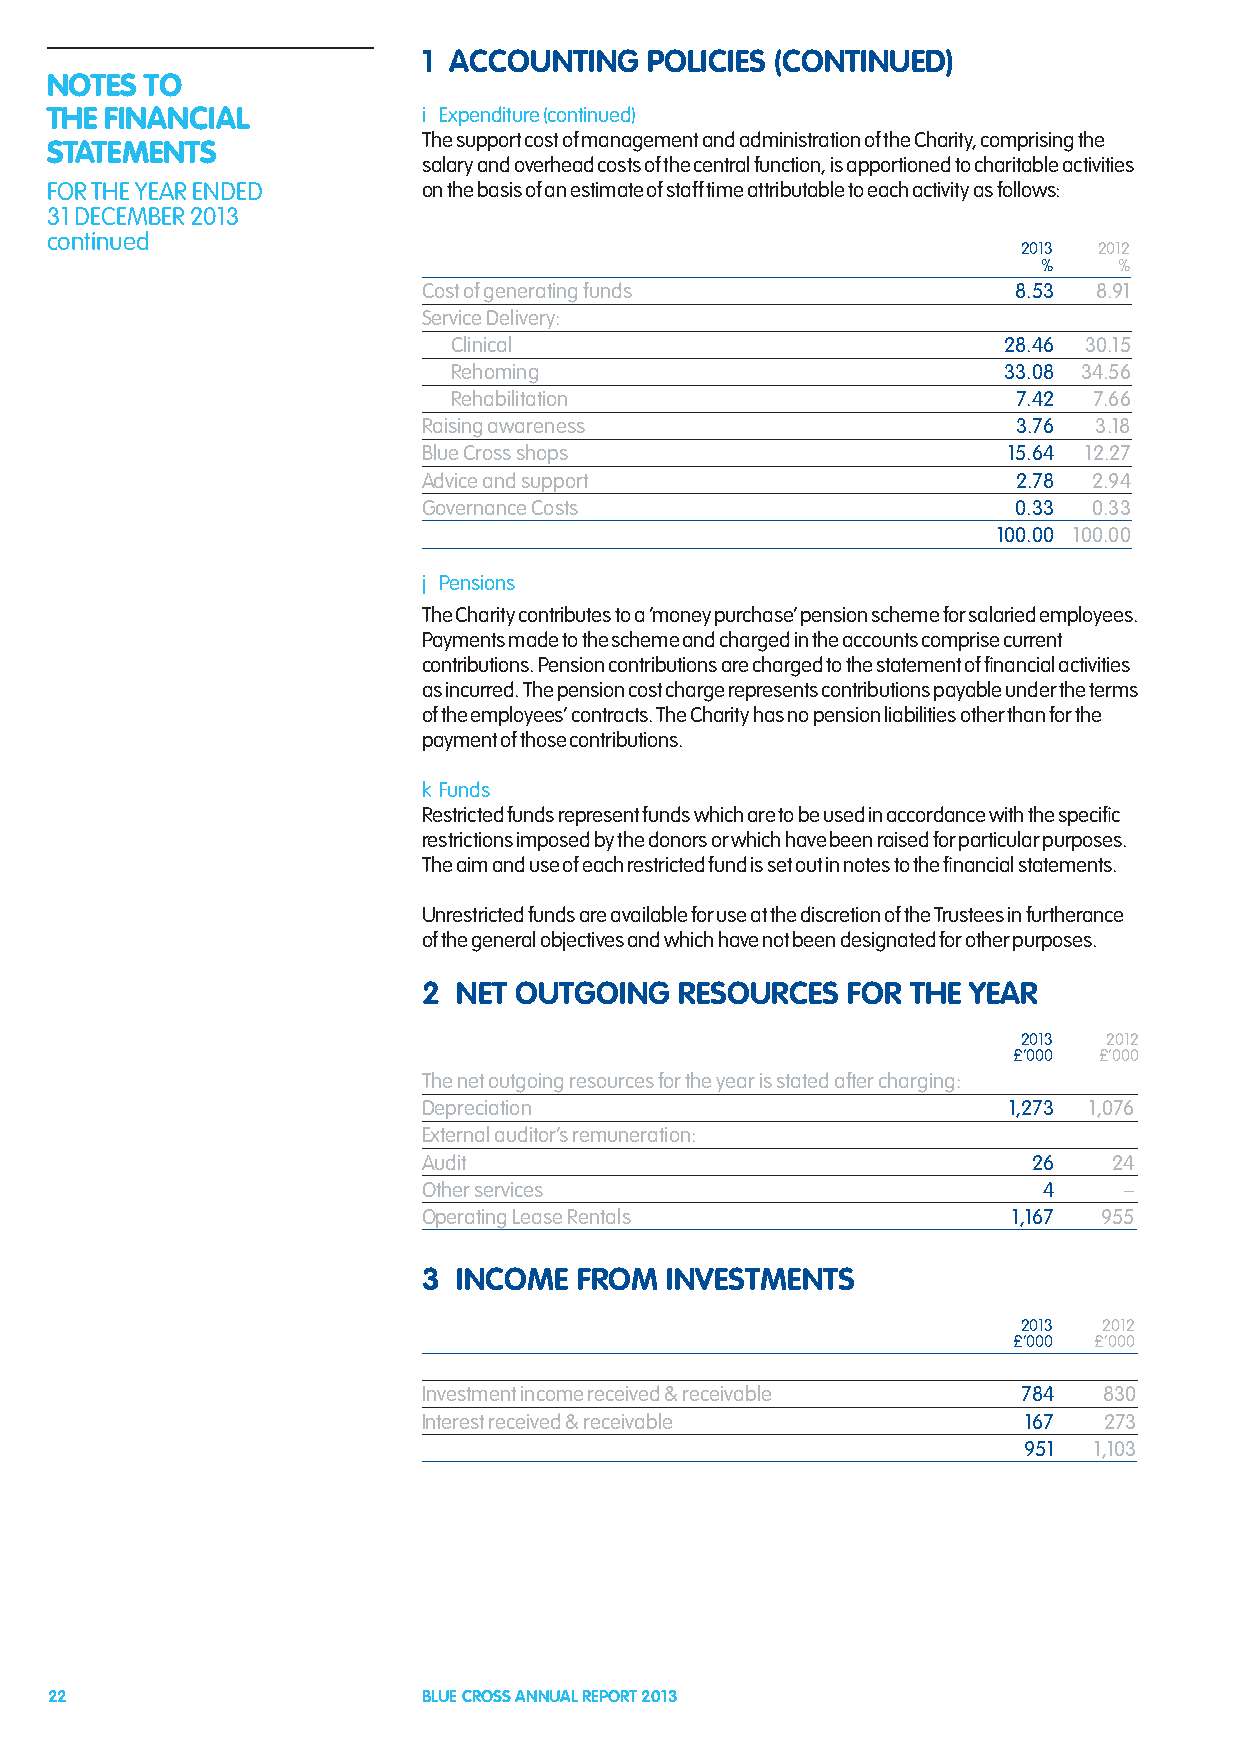
1 ACCOUNTING   POLICIES (CONTINUED)
 NOTES  TO
 THE FINANCIAL            i Expenditure (continued)
 The support cost of management and administration of the Charity, comprising the
 STATEMENTS
 salary and overhead costs of the central function, is apportioned to charitable activities
 FOR THE YEAR ENDED       on the basis of an estimate of staff time attributable to each activity as follows:
 31 DECEMBER 2013
 continued
 2013 2012
 %    %
 Cost of generating funds               8.53 8.91
 Service Delivery:
 Clinical                            28.46 30.15
 Rehoming                            33.08 34.56
 Rehabilitation                       7.42 7.66
 Raising awareness                      3.76 3.18
 Blue Cross shops                       15.64 12.27
 Advice and support                     2.78 2.94
 Governance Costs                       0.33 0.33
 100.00 100.00
 j Pensions
 The Charity contributes to a ‘money purchase’ pension scheme for salaried employees.
 Payments made to the scheme and charged in the accounts comprise current
 contributions. Pension contributions are charged to the statement of financial activities
 as incurred. The pension cost charge represents contributions payable under the terms
 of the employees’ contracts. The Charity has no pension liabilities other than for the
 payment of those contributions.
 k Funds
 Restricted funds represent funds which are to be used in accordance with the specific
 restrictions imposed by the donors or which have been raised for particular purposes.
 The aim and use of each restricted fund is set out in notes to the financial statements.
 Unrestricted funds are available for use at the discretion of the Trustees in furtherance
 of the general objectives and which have not been designated for other purposes.
 2 NET OUTGOING   RESOURCES  FOR THE YEAR
 2013 2012
 £’000 £’000
 The net outgoing resources for the year is stated after charging:
 Depreciation                           1,273 1,076
 External auditor’s remuneration:
 Audit                                   26    24
 Other services                           4    –
 Operating Lease Rentals                1,167 955
 3 INCOME  FROM  INVESTMENTS
 2013 2012
 £’000 £’000
 Investment income received & receivable 784  830
 Interest received & receivable          167  273
 951 1,103
 22                       BLUE CROSS ANNUAL REPORT 2013